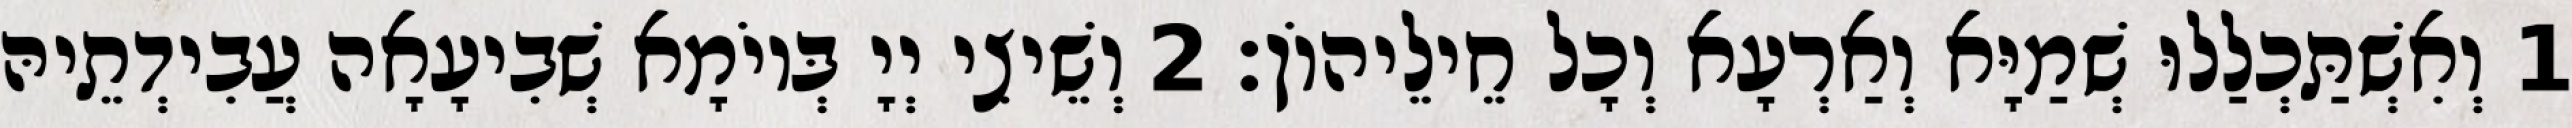
1 וְאִשְׁתַּכְלַלוּ שְׁמַיָּא וְאַרְעָא וְכָל חֵילֵיהוֹן׃ 2 וְשֵׁיצִי יְיָ בְּיוֹמָא שְׁבִיעָאָה עֲבִידְתֵיהּ